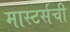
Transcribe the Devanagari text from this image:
मास्टर्सची